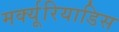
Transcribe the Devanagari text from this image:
मर्क्यूरियाडिस